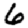
Digit: 6